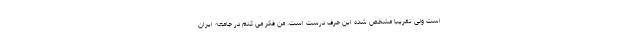
است ولی تقریبا مشخص شده این حرف درست است. من فکر می کنم در جامعه ایران